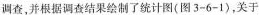
调查，并根据调查结果绘制了统计图(图3-6-1)，关于